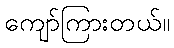
ကျော်ကြားတယ်။